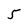
Character: 5